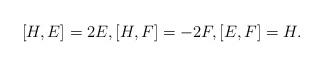
LaTeX: \begin{align*}[H,E] = 2E, [H,F]= -2F, [E,F]= H.\end{align*}